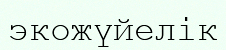
экожүйелік